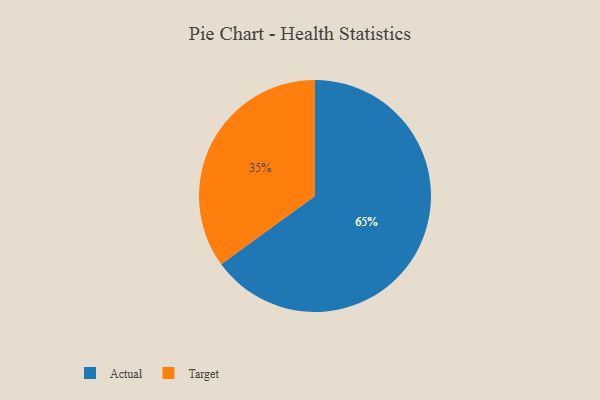
{"axis": {"x": "Category", "y": "Percentage"}, "legend": ["Actual", "Target"], "data": [{"x": "Target", "y": 35, "type": "Target"}, {"x": "Actual", "y": 65, "type": "Actual"}]}